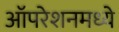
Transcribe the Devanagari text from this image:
ऑपरेशनमध्ये